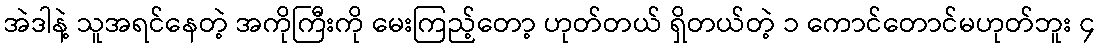
အဲဒါနဲ့ သူအရင်နေတဲ့ အကိုကြီးကို မေးကြည့်တော့ ဟုတ်တယ် ရှိတယ်တဲ့ ၁ ကောင်တောင်မဟုတ်ဘူး ၄